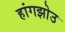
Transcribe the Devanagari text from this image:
हांगझोउ